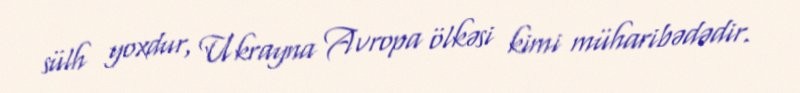
sülh yoxdur, Ukrayna Avropa ölkəsi kimi müharibədədir.